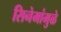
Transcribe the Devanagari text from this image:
सिनेमांमुळे